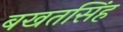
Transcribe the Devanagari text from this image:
बखतसिंह